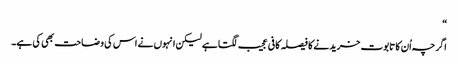
“
اگرچہ اُن کا تابوت خریدنے کا فیصلہ کافی عجیب لگتا ہے لیکن انہوں نے اس کی وضاحت بھی کی ہے۔